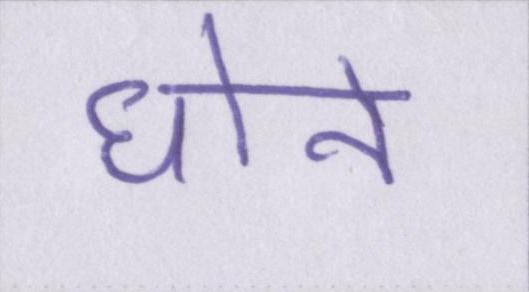
धोने